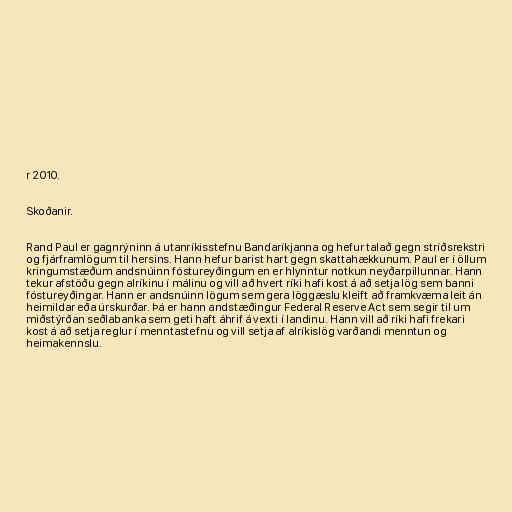
r 2010.

Skoðanir.

Rand Paul er gagnrýninn á utanríkisstefnu Bandaríkjanna og hefur talað gegn stríðsrekstri
og fjárframlögum til hersins. Hann hefur barist hart gegn skattahækkunum. Paul er í öllum
kringumstæðum andsnúinn fóstureyðingum en er hlynntur notkun neyðarpillunnar. Hann
tekur afstöðu gegn alríkinu í málinu og vill að hvert ríki hafi kost á að setja lög sem banni
fóstureyðingar. Hann er andsnúinn lögum sem gera löggæslu kleift að framkvæma leit án
heimildar eða úrskurðar. Þá er hann andstæðingur Federal Reserve Act sem segir til um
miðstýrðan seðlabanka sem geti haft áhrif á vexti í landinu. Hann vill að ríki hafi frekari
kost á að setja reglur í menntastefnu og vill setja af alríkislög varðandi menntun og
heimakennslu.